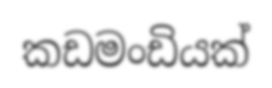
කඩමංඩියක්